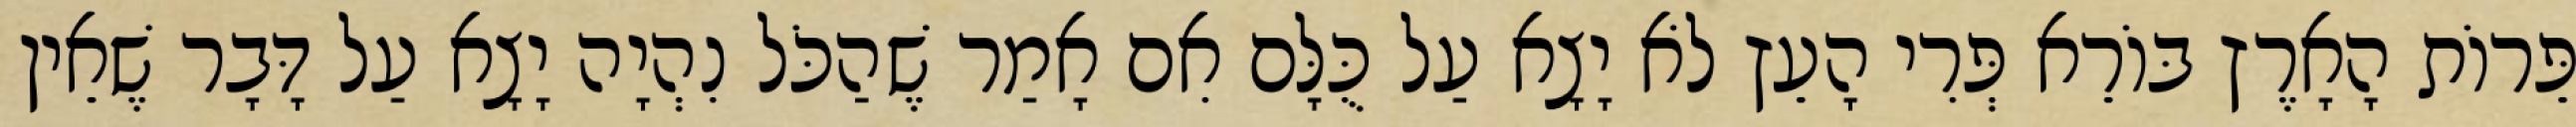
פֵּרוֹת הָאָרֶץ בּוֹרֵא פְּרִי הָעֵץ לֹא יָצָא עַל כֻּלָּם אִם אָמַר שֶׁהַכֹּל נִהְיָה יָצָא עַל דָּבָר שֶׁאֵין